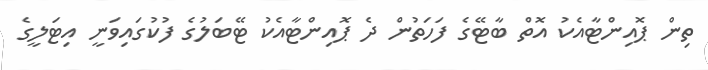
ތިން ޕޮއިންޓާއެކު އޮތް ބާޓޭގެ ފަހަތުން ދެ ޕޮއިންޓާއެކު ޓޭބަލުގެ ފުކުގައިވަނީ އިޓަލީގެ